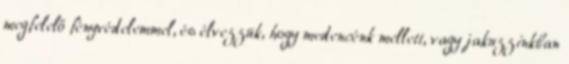
megfelelő fényvédelemmel, és élvezzük, hogy medencénk mellett, vagy jakuzzinkban